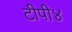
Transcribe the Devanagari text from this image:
टीपी४